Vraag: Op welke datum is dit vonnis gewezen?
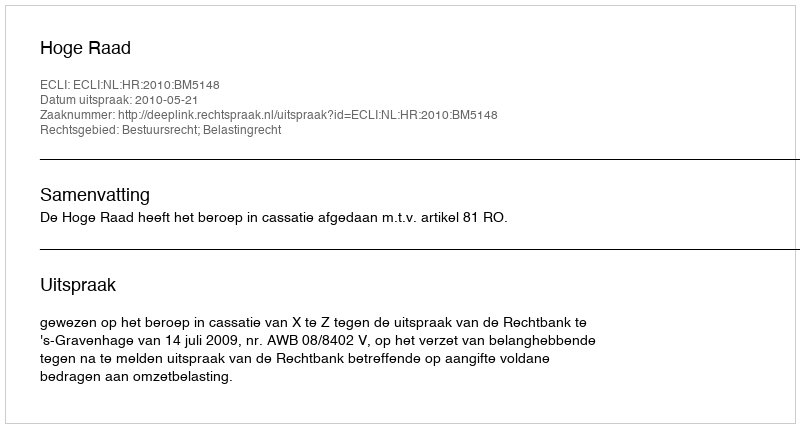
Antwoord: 2010-05-21